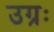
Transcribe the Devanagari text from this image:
उग्रः